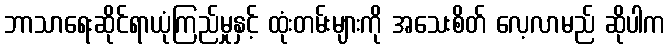
ဘာသာရေးဆိုင်ရာယုံကြည်မှုနှင့် ထုံးတမ်းများကို အသေးစိတ် လေ့လာမည် ဆိုပါက